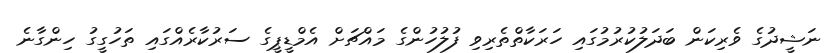
ނަޝީދުގެ ވެރިކަން ބަދަލުކުރުމުގައި ހަރަކާތްތެރިވި ފުލުހުންގެ މައްޗަށް އެމްޑީޕީގެ ސަރުކާރެއްގައި ތަހުގީގު ހިންގާނެ